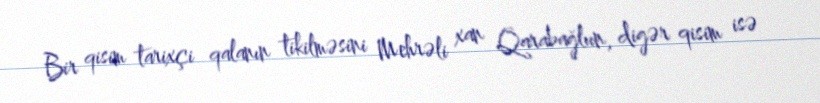
Bir qisim tarixçi qalanın tikilməsini Mehrəli xan Qarabağlıın, digər qisim isə